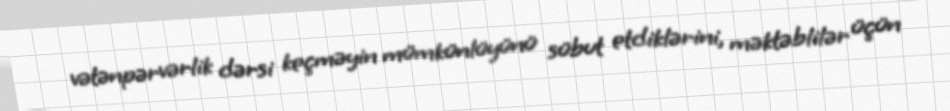
vətənpərvərlik dərsi keçməyin mümkünlüyünü sübut etdiklərini, məktəblilər üçün